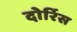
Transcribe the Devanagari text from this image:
दोर्रिस